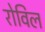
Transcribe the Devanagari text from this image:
रोविल